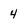
Character: 4